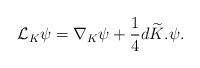
LaTeX: \begin{align*}{\cal{L}}_K\psi=\nabla_K\psi+\frac{1}{4}d\widetilde{K}.\psi.\end{align*}